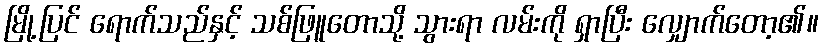
မြို့ပြင် ရောက်သည်နှင့် သစ်ဖြူတောသို့ သွားရာ လမ်းကို ရှာပြီး လျှောက်တော့၏။